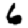
Digit: 6